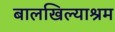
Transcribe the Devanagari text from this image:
बालखिल्याश्रम